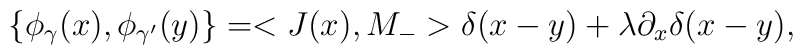
\left\{ \phi _{\gamma }(x),\phi _{\gamma '}(y)\right\}  = <J(x),M_->\delta(x-y) + \lambda \partial _x\delta (x-y),